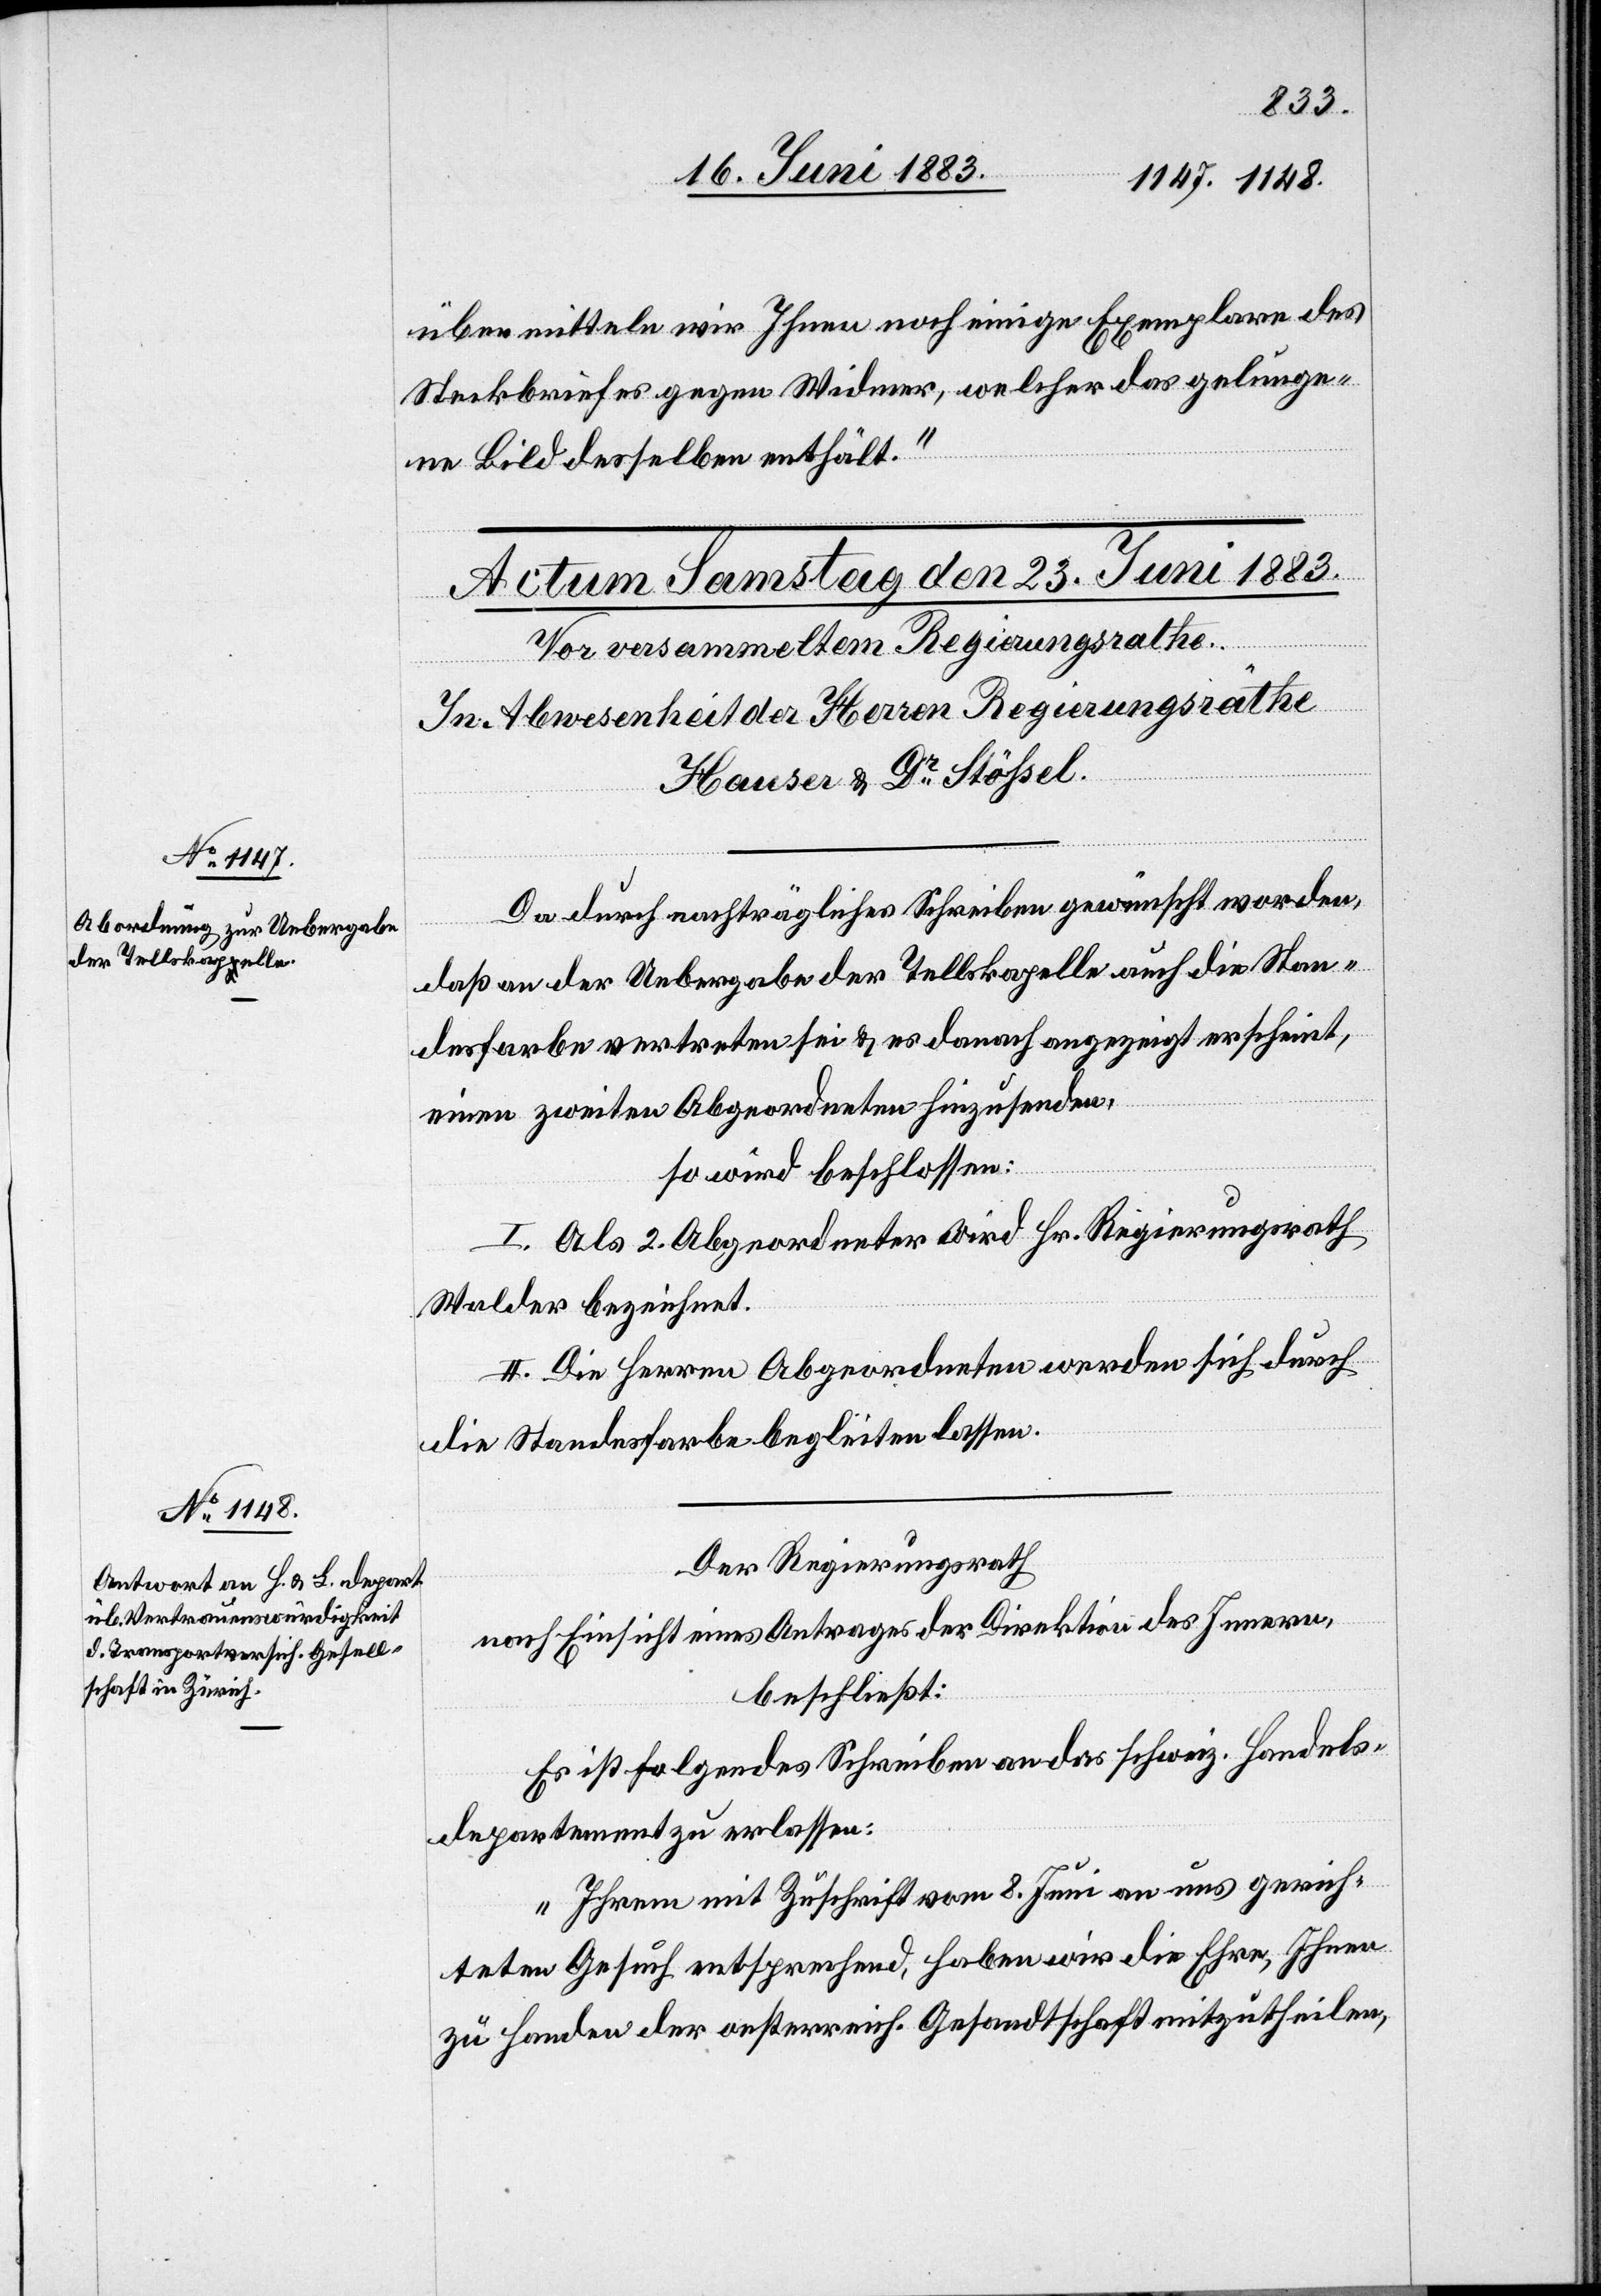
übermitteln wir Ihnen noch einige Exemplare des
Steckbriefes gegen Widmer, welcher das gelunge¬
ne Bild desselben enthält.“
Da durch nachträgliches Schreiben gewünscht worden,
daß an der Uebergabe der Tellskapelle auch die Stan¬
desfarbe vertreten sei & es danach angezeigt erscheint,
einen zweiten Abgeordneten hinzusenden,
so wird beschlossen:
I. Als 2. Abgeordneter wird Hr. Regierungsrath
Walder bezeichnet.
II. Die Herren Abgeordneten werden sich durch
die Standesfarbe begleiten lassen.
Der Regierungsrath
nach Einsicht eines Antrages der Direktion des Innern,
beschließt:
Es ist folgendes Schreiben an das schweiz. Handels¬
departement zu erlassen:
„Ihrem mit Zuschrift vom 8. Juni an uns gerich¬
teten Gesuch entsprechend, haben wir die Ehre, Ihnen
zu Handen der oesterreich. Gesandtschaft mitzutheilen,